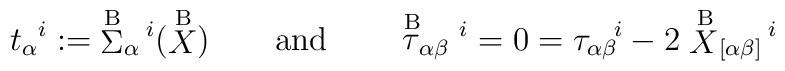
t_\alpha{}^i:=\;\stackrel{{\rm B}}{\Sigma}_\alpha{}^{\!i}  (\stackrel{{\rm B}}{X}) \qquad{\rm and}\qquad\stackrel{{\rm      B}}{\tau}_{\alpha\beta}{}^i =0= {\tau}_{\alpha\beta}{}^{\!i} -  2 \stackrel{{\rm B}}{X}_{[\alpha\beta]}{}^{\!i}